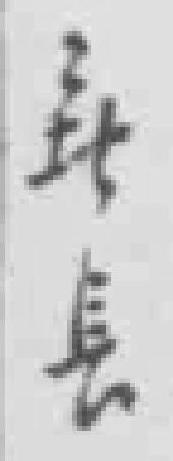
*長